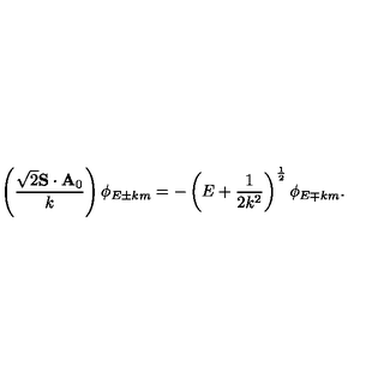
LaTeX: \left( \frac { \sqrt { 2 } { \bf S } \cdot { \bf A } _ { 0 } } { k } \right) \phi _ { E \pm k m } = - \left( E + \frac { 1 } { 2 k ^ { 2 } } \right) ^ { \mathrm { \frac { 1 } { 2 } } } \phi _ { E \mp k m } .